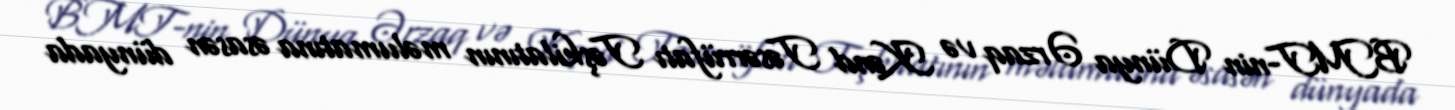
BMT-nin Dünya Ərzaq və Kənd Təsərrüfatı Təşkilatının məlumatına əsasən dünyada